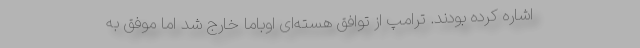
اشاره کرده بودند. ترامپ از توافق هسته‌ای اوباما خارج شد اما موفق به